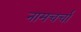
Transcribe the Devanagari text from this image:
नामचर्चा